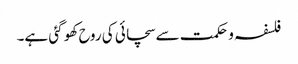
فلسفہ و حکمت سے سچائی کی روح کھو گئی ہے۔